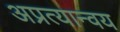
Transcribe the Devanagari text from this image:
अप्रत्यान्वय